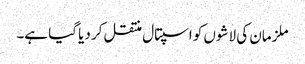
ملزمان کی لاشوں کو اسپتال منتقل کر دیا گیا ہے۔